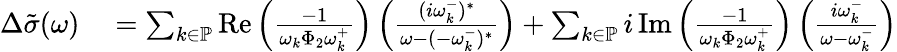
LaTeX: \begin{array}{rl}{\Delta\tilde{\sigma}(\omega)}&{{}=\sum_{k\in\mathbb{P}}\operatorname{Re}\left(\frac{-1}{\omega_{k}\Phi_{2}\omega_{k}^{+}}\right)\left(\frac{(i\omega_{k}^{-})^{*}}{\omega-(-\omega_{k}^{-})^{*}}\right)+\sum_{k\in\mathbb{P}}i\operatorname{Im}\left(\frac{-1}{\omega_{k}\Phi_{2}\omega_{k}^{+}}\right)\left(\frac{i\omega_{k}^{-}}{\omega-\omega_{k}^{-}}\right)}\end{array}